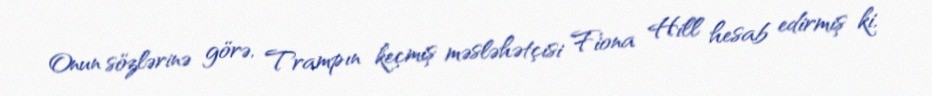
Onun sözlərinə görə, Trampın keçmiş məsləhətçisi Fiona Hill hesab edirmiş ki,